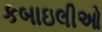
કબાઇલીઓ